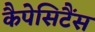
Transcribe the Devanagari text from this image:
कैपेसिटैंस